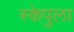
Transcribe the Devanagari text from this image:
स्केपुला